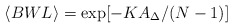
\begin{align*}\langle BWL \rangle = \exp[-KA_{\Delta}/(N-1)]\end{align*}